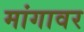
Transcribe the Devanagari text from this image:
मांगावर